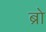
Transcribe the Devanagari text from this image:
ब्राे